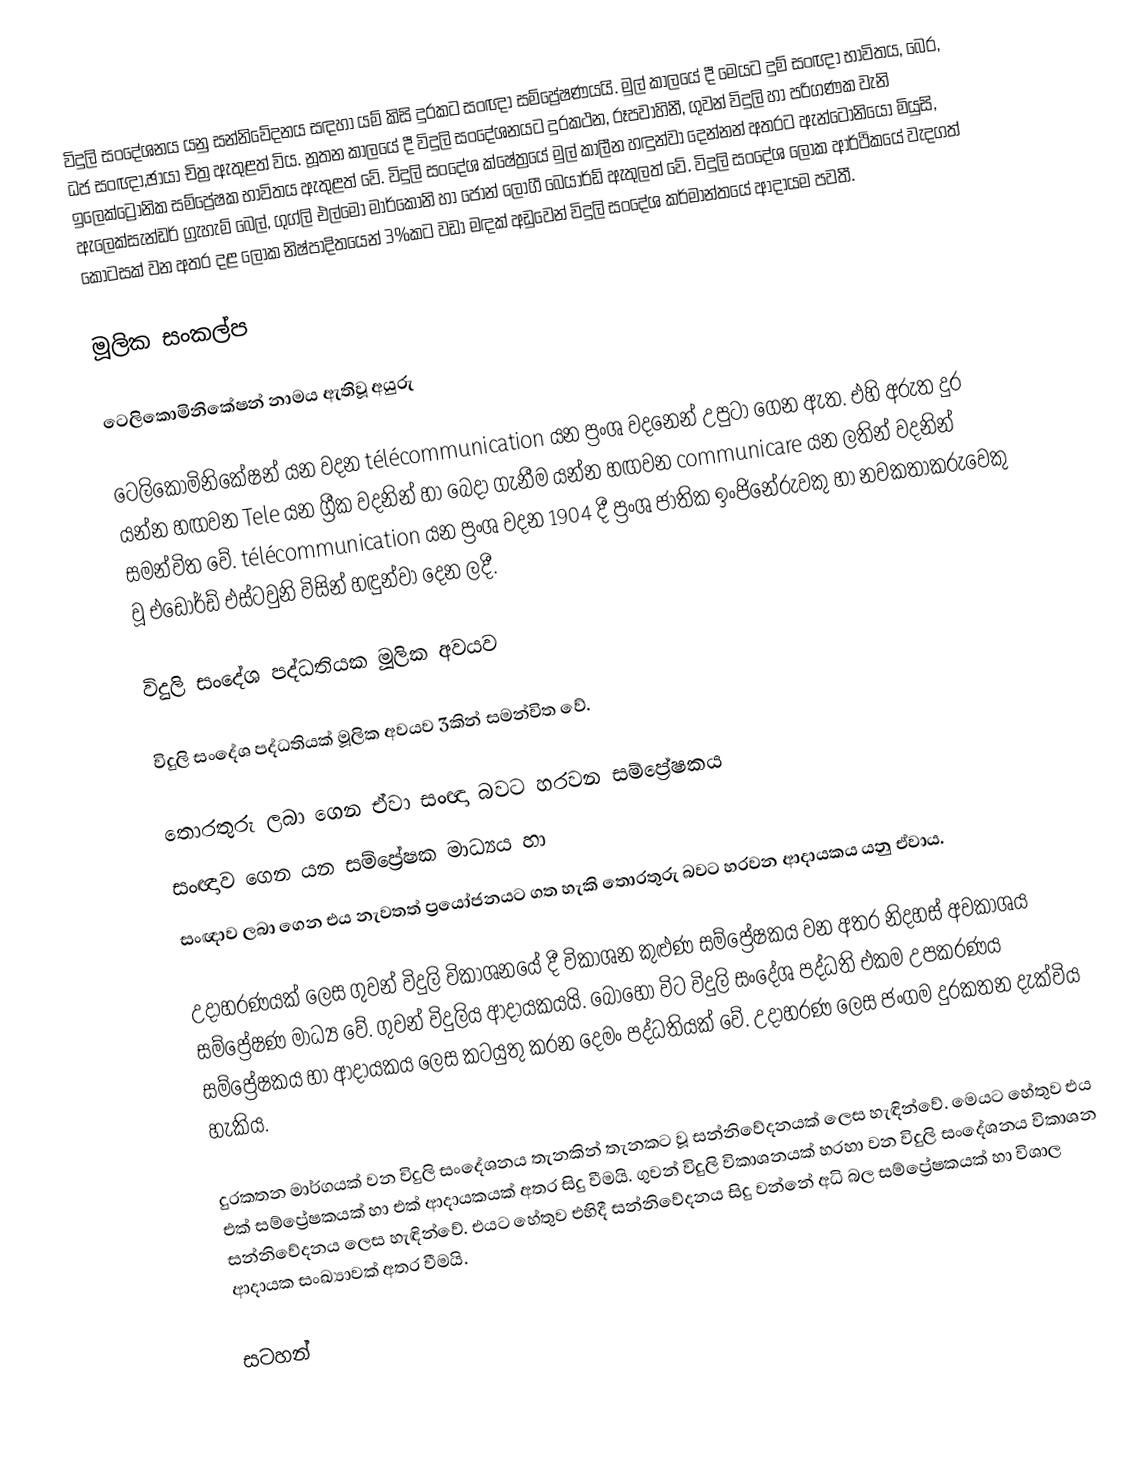
විදුලි සංදේශනය යනු සන්නිවේදනය සඳහා යම් කිසි දුරකට සංඥා සම්ප්‍රේෂණයයි. මුල් කාලයේ දී මෙයට දුම් සංඥා භාවිතය, බෙර, ධජ සංඥා,ඡායා චිත්‍ර ඇතුළත් විය. නූතන කාලයේ දී විදුලි සංදේශනයට දුරකථන, රූපවාහිනී, ගුවන් විදුලි හා පරිගණක වැනි ඉලෙක්ට්‍රෝනික සම්ප්‍රේෂක භාවිතය ඇතුළත් වේ.  විදුලි සංදේශ ක්ෂේත්‍රයේ මුල් කාලීන හඳුන්වා දෙන්නන් අතරට ඇන්ටෝනියෝ මියුසි, ඇලෙක්සැන්ඩර් ග්‍රැහැම් බෙල්, ගුග්ලි එල්මෝ මාර්කෝනි හා ජෝන් ලොගී බෙයාර්ඩ් ඇතුලත් වේ. විදුලි සංදේශ ලෝක ආර්ථිකයේ වැදගත් කොටසක් වන අතර දළ ලෝක නිෂ්පාදිතයෙන් 3%කට වඩා මඳක් අඩුවෙන් විදුලි සංදේශ කර්මාන්තයේ ආදායම පවතී.

මූලික සංකල්ප

ටෙලිකොමිනිකේෂන් නාමය ඇතිවූ අයුරු

ටෙලිකොමිනිකේෂන් යන වදන télécommunication යන ප්‍රංශ වදනෙන් උපුටා ගෙන ඇත. එහි අරුත දුර යන්න හඟවන Tele යන ග්‍රීක වදනින් හා බෙදා ගැනීම යන්න හඟවන communicare යන ලතින් වදනින් සමන්විත වේ. télécommunication  යන ප්‍රංශ වදන 1904 දී ප්‍රංශ ජාතික ඉංජිනේරුවකු හා නවකතාකරුවෙකු වූ එඩෝර්ඩ් එස්ටවුනි විසින් හඳුන්වා දෙන ලදී.

විදුලි සංදේශ පද්ධතියක මූලික අවයව

විදුලි සංදේශ පද්ධතියක් මූලික අවයව 3කින් සමන්විත වේ.

	තොරතුරු ලබා ගෙන ඒවා සංඥා බවට හරවන සම්ප්‍රේෂකය
	සංඥාව ගෙන යන සම්ප්‍රේෂක මාධ්‍යය හා
	සංඥාව ලබා ගෙන එය නැවතත් ප්‍රයෝජනයට ගත හැකි තොරතුරු බවට හරවන ආදායකය යනු ඒවාය.

උදාහරණයක් ලෙස ගුවන් විදුලි විකාශනයේ දී විකාශන කුළුණ සම්ප්‍රේෂකය වන අතර නිදහස් අවකාශය සම්ප්‍රේෂණ මාධ්‍ය වේ. ගුවන් විදුලිය ආදායකයයි. බොහෝ විට විදුලි සංදේශ පද්ධති එකම උපකරණය සම්ප්‍රේෂකය හා ආදායකය ලෙස කටයුතු කරන දෙමං පද්ධතියක් වේ. උදාහරණ ලෙස ජංගම දුරකතන දැක්විය හැකිය.

දුරකතන මාර්ගයක් වන විදුලි සංදේශනය තැනකින් තැනකට වූ සන්නිවේදනයක් ලෙස හැඳින්වේ. මෙයට හේතුව එය එක් සම්ප්‍රේෂකයක් හා එක් ආදායකයක් අතර සිදු වීමයි. ගුවන් විදුලි විකාශනයක් හරහා වන විදුලි සංදේශනය විකාශන සන්නිවේදනය ලෙස හැඳින්වේ. එයට හේතුව එහිදී සන්නිවේදනය සිදු වන්නේ අධි බල සම්ප්‍රේෂකයක් හා විශාල ආදායක සංඛ්‍යාවක් අතර වීමයි.

සටහන්